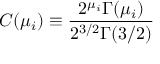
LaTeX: C ( \mu _ { i } ) \equiv { \frac { 2 ^ { \mu _ { i } } \Gamma ( \mu _ { i } ) } { 2 ^ { 3 / 2 } \Gamma ( 3 / 2 ) } }